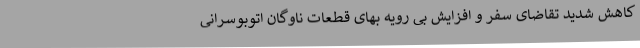
کاهش شدید تقاضای سفر و افزایش بی رویه بهای قطعات ناوگان اتوبوسرانی